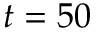
t = 5 0